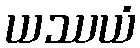
ယဿယံ